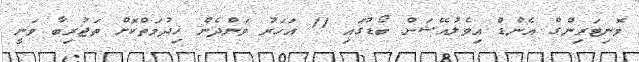
މޮނިޓަރިންގް އެންޑް އިވެލުއޭޝަން ބޯޑުގައި 11 އަހަރު ވަންދެން ޚިދުމަތްކޮށް ތަޖުރިބާ ވަނީ